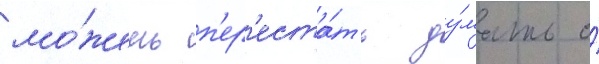
мо́жешь п'ер'еста́ть ду́мать о́